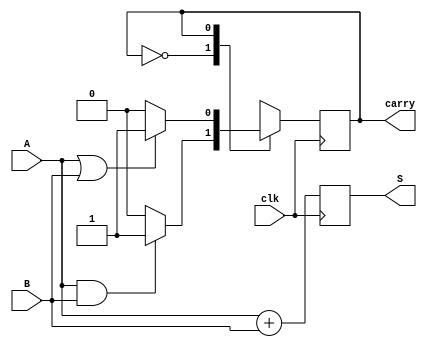
module serial_adder(
  input A,
  input B,
  input clk,
  output reg S,
  output reg carry
);
  
  initial begin
    S = 0;
    carry = 0;
  end
  
  localparam C0 = 0, C1 = 1;
  
  always @ (posedge clk) begin
    
    case(carry)
      
      C0: begin
        S <= A + B;
        carry <= (A & B) ? 1 : 0;
      end
      
      C1: begin
        S <= A + B;
        carry <= !(A | B) ? 0 : 1;
      end
      
    endcase
    
  end
  
endmodule